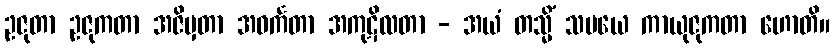
ဥဇုတာ ဥဇုကတာ အဇိမှတာ အဝင်္ကတာ အကုဋိလတာ - အယံ တသ္မိံ သမယေ ကာယုဇုကတာ ဟောတိ။